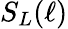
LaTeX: S_{L}(\ell)